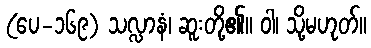
(ပေ-၁၆၉) သလ္လာနံ၊ ဆူးတို့၏။ ဝါ၊ သို့မဟုတ်။